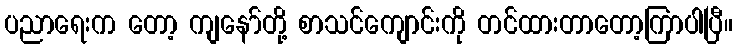
ပညာရေးက တော့ ကျနော်တို့ စာသင်ကျောင်းကို တင်ထားတာတော့ကြာပါပြီ။